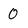
Character: O